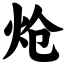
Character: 炝